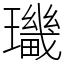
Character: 㼄